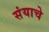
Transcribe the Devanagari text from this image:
संयाचे